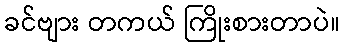
ခင်ဗျား တကယ် ကြိုးစားတာပဲ။